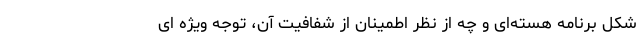
شکل برنامه هسته‌ای و چه از نظر اطمینان از شفافیت آن، توجه ویژه ای